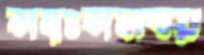
সহঃসমন্বয়